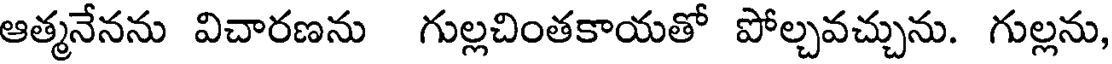
ఆత్మనేనను విచారణను గుల్లచింతకాయతో పోల్చవచ్చును. గుల్లను,